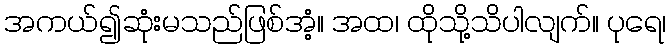
အကယ်၍ဆုံးမသည်ဖြစ်အံ့။ အထ၊ ထိုသို့သိပါလျက်။ ပုရေ၊